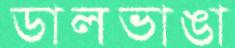
ডালভাঙা